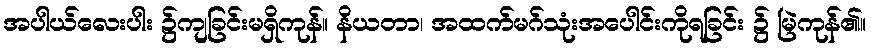
အပါယ်လေးပါး ၌ကျခြင်းမရှိကုန်။ နိယတာ၊ အထက်မဂ်သုံးအပေါင်းကိုရခြင်း ၌ မြဲကုန်၏။